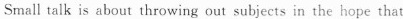
Small talk is about throwirg out subjects in the hope that